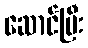
ဆောင်ပြီး